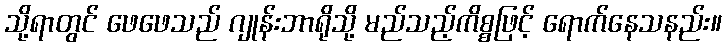
သို့ရာတွင် ဖေဖေသည် ဂျုန်းဘာရိုသို့ မည်သည့်ကိစ္စဖြင့် ရောက်နေသနည်း။